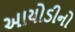
આયોડીનો